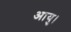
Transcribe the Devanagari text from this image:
आयु।